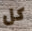
كل